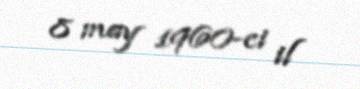
8 may 1960-ci il